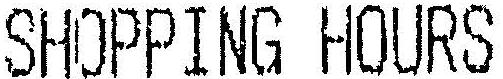
SHOPPING HOURS